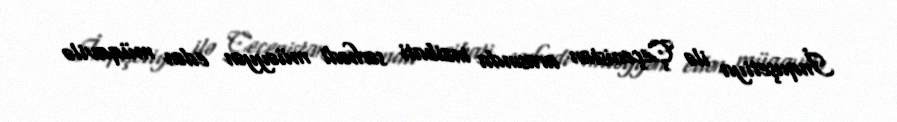
İnquşetiya ilə Çeçenistan arasında inzibati sərhədi müəyyən edən müqavilə